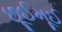
છૂઈમૂઈ